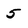
Character: 5